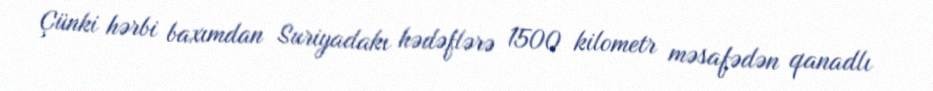
Çünki hərbi baxımdan Suriyadakı hədəflərə 1500 kilometr məsafədən qanadlı